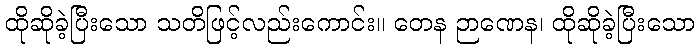
ထိုဆိုခဲ့ပြီးသော သတိဖြင့်လည်းကောင်း။ တေန ဉာဏေန၊ ထိုဆိုခဲ့ပြီးသော